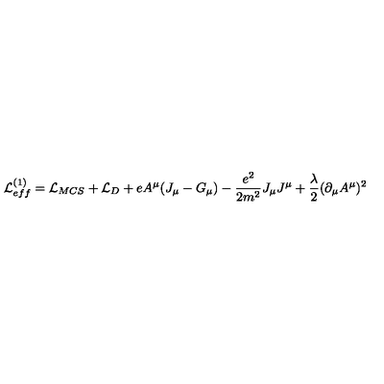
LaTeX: { \cal L } _ { e f f } ^ { ( 1 ) } = { \cal L } _ { M C S } + { \cal L } _ { D } + e A ^ { \mu } ( J _ { \mu } - G _ { \mu } ) - \frac { e ^ { 2 } } { 2 m ^ { 2 } } J _ { \mu } J ^ { \mu } + \frac \lambda 2 ( \partial _ { \mu } A ^ { \mu } ) ^ { 2 }